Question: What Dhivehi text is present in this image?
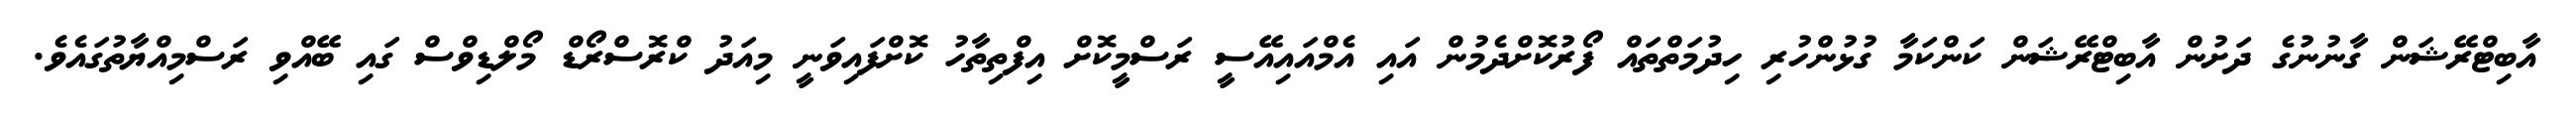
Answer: އާބިޓްރޭޝަން ގާނުނުގެ ދަށުން އާބިޓްރޭޝަން ކަންކަމާ ގުޅުންހުރި ހިދުމަތްތައް ފޯރުކޮށްދެމުން އައި އެމްއައިއޭސީ ރަސްމީކޮށް އިފްތިތާހު ކޮށްފައިވަނީ މިއަދު ކްރޮސްރޯޑް މޯލްޑިވްސް ގައި ބޭއްވި ރަސްމިއްޔާތުގައެވެ.